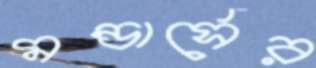
মন্ডার্সের